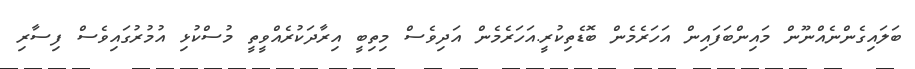
ބަލައިގެންނެއްނޫން މައިންބަފައިން އަހަރެމެން ބޮޑެތިކުރީ.އަހަރެމެން އަދިވެސް މިތިބީ އިރާދަކުރެއްވީތީ މުސްކުޅި އުމުރުގައިވެސް ފިސާރި